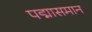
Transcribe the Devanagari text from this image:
पद्मासमान